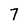
Character: 7